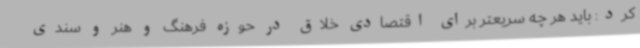
کرد: باید هر چه سریعتر برای اقتصادی خلاق در حوزه فرهنگ و هنر و سندی